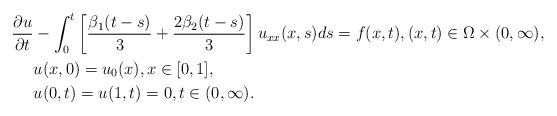
\begin{align*} \frac{\partial u}{\partial t} & - \int_{0}^{t} \left[\frac{\beta_1(t-s)}{3} + \frac{2\beta_2(t-s)}{3} \right] u_{xx}(x,s) ds = f(x,t), (x,t)\in \Omega\times (0,\infty), \\ & u(x,0) = u_0(x), x\in [0,1], \\ & u(0,t) = u(1,t) = 0, t \in(0,\infty). \end{align*}